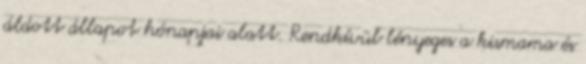
áldott állapot hónapjai alatt. Rendkívül lényeges a kismama és